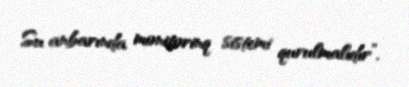
Su anbarında monitorinq sistemi qurulmalıdır”.